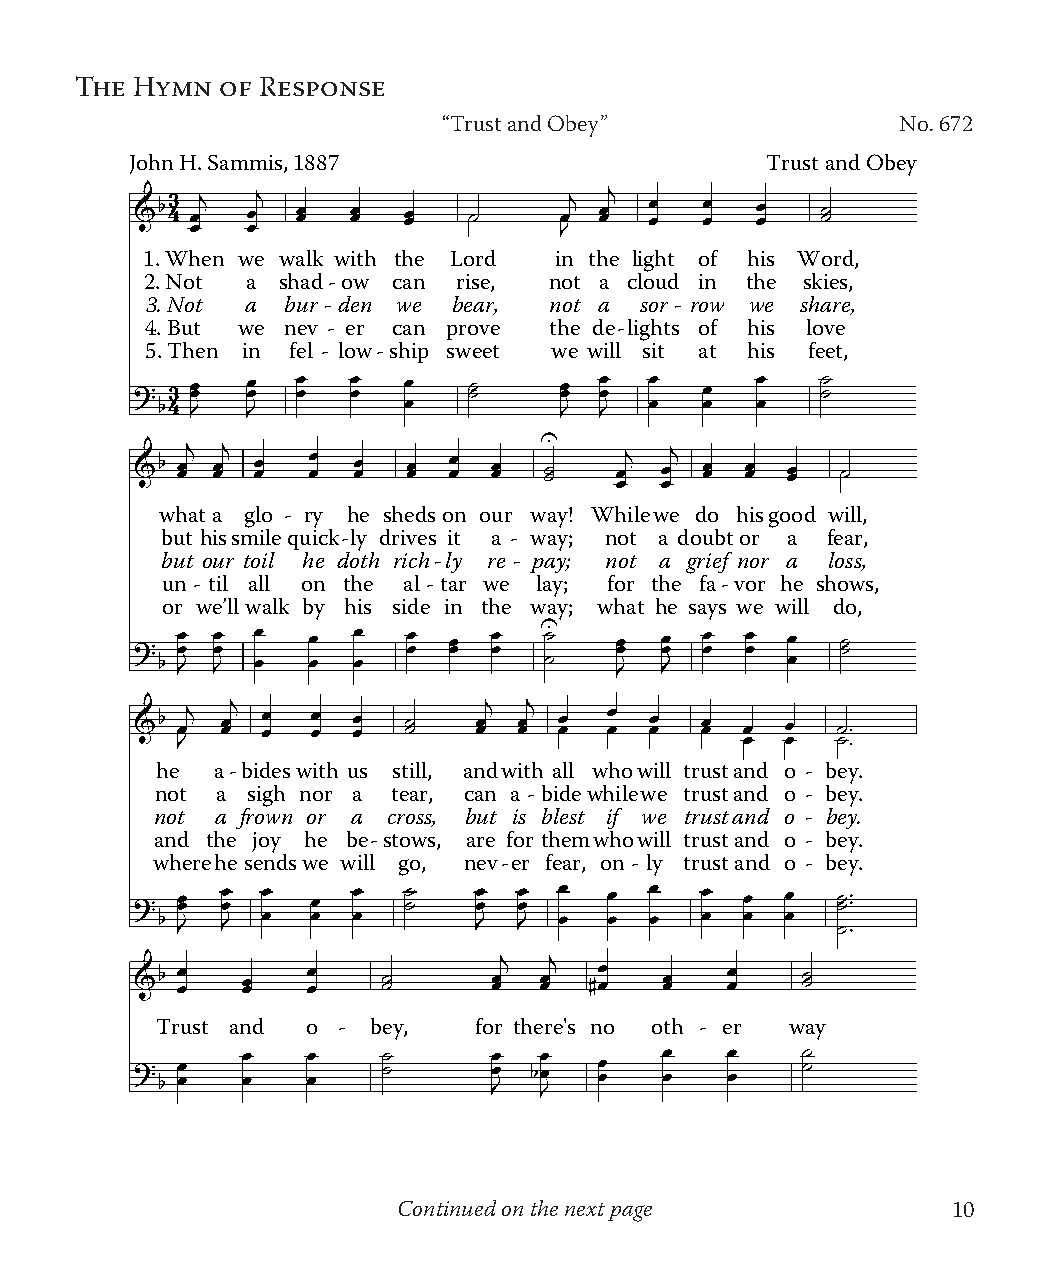
The Hymn  of Response
 “Trust and Obey”               No. 672
 John H. Sammis, 1887                      Trust and Obey
 1. When we walk with the Lord in the light of his Word,
 2. Not a shad-ow can rise, not a cloud in the skies,
 3. Not a bur-den we bear, not a sor - row we share,
 4. But we nev - er can prove the de-lights of his love
 5. Then in fel - low-ship sweet we will sit at his feet,
 what a glo - ry he shedson our way! Whilewe do hisgood will,
 but hissmilequick-ly drives it a - way; not a doubtor a fear,
 but our toil he doth rich-ly re - pay; not a grief nor a loss,
 un-til all on the al-tar we lay; for the fa-vor he shows,
 or we’llwalk by his side in the way; what he says we will do,
 he  a-bideswith us still, andwith all whowill trustand o - bey.
 not a sigh nor a tear, can a -bidewhilewe trustand o - bey.
 not a frown or a cross, but is blest if we trustand o - bey.
 and the joy he be-stows, are for themwhowill trustand o - bey.
 wherehe sendswe will go, nev-er fear, on- ly trustand o - bey.
 Trust and o -  bey,  for there's no oth - er way
 Continued on the next page           10